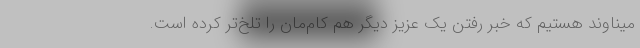
میناوند هستیم که خبر رفتن یک عزیز دیگر هم کام‌مان را تلخ‌تر کرده است.